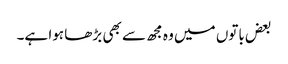
بعض باتوں میں وہ مجھ سے بھی بڑھا ہوا ہے۔